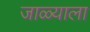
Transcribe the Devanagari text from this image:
जाळ्याला